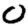
Digit: 0